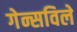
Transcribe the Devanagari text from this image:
गेन्सविले